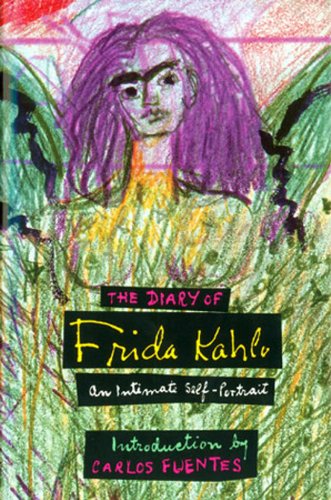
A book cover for The Diary of Frida Kahlo: An Intimate Self-Portrait; Carlos Fuentes; Arts & Photography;